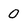
Character: 0